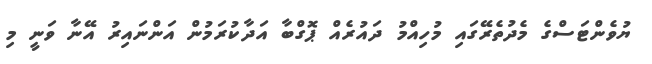
ޔުވެންޓަސްގެ މެދުތެރޭގައި މުހިއްމު ދައުރެއް ޕޮގްބާ އަދާކުރަމުން އަންނައިރު އޭނާ ވަނީ މި